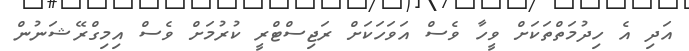
އަދި އެ ހިދުމަތްތަކަށް ވީހާ ވެސް އަވަހަކަށް ރަޖިސްޓްރީ ކުރުމަށް ވެސް އިމިގްރޭޝަނުން